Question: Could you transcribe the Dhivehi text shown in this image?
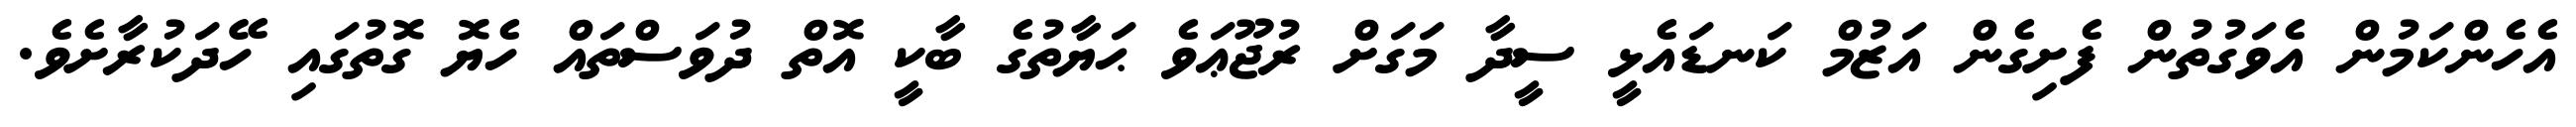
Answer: އެހެންކަމުން އެވަގުތުން ފެށިގެން އަޒުމް ކަނޑައެޅީ ސީދާ މަގަށް ރުޖޫޢަވެ ޙަޔާތުގެ ބާކީ އޮތް ދުވަސްތައް ހެޔޮ ގޮތުގައި ހޭދަކުރާށެވެ.